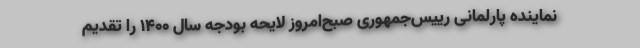
نماینده پارلمانی رییس‌جمهوری صبح‌امروز لایحه بودجه سال ۱۴۰۰ را تقدیم